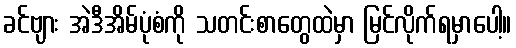
ခင်ဗျား အဲဒီအိမ်ပုံစံကို သတင်းစာတွေထဲမှာ မြင်လိုက်ရမှာပေါ့။